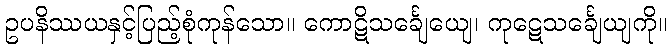
ဥပနိဿယနှင့်ပြည့်စုံကုန်သော။ ကောဋိသင်္ချေယျေ၊ ကုဋေသင်္ချေယျကို။